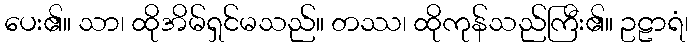
ပေး၏။ သာ၊ ထိုအိမ်ရှင်မသည်။ တဿ၊ ထိုကုန်သည်ကြီး၏။ ဥဠာရံ၊